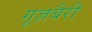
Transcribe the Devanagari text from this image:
गूज़बैरी